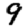
Digit: 9